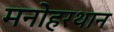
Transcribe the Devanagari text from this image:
मनोहरथान